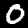
Label: 0